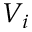
V _ { i }